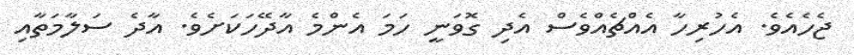
ޖެހެއެވެ. އެހުރިހާ އެއްޗެއްވެސް އެދި ގޮވަނީ ހަމަ އެންމެ އާދޭހަކަށެވެ. އާދެ ސަލާމަތާއި